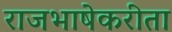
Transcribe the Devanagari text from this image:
राजभाषेकरीता